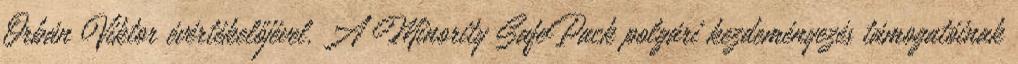
Orbán Viktor évértékelőjével. A Minority SafePack polgári kezdeményezés támogatóinak